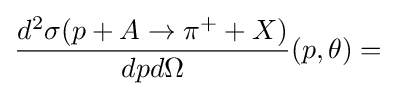
{\frac {d^{2}\sigma (p+A\rightarrow \pi ^{+}+X)}{dpd\Omega }}(p,\theta )=